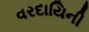
વરદાયિની